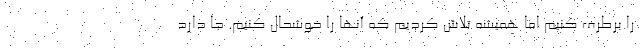
را برطرف کنیم اما همیشه تلاش کردیم که آنها را خوشحال کنیم. جا دارد